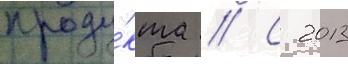
проду́кта // С 2013